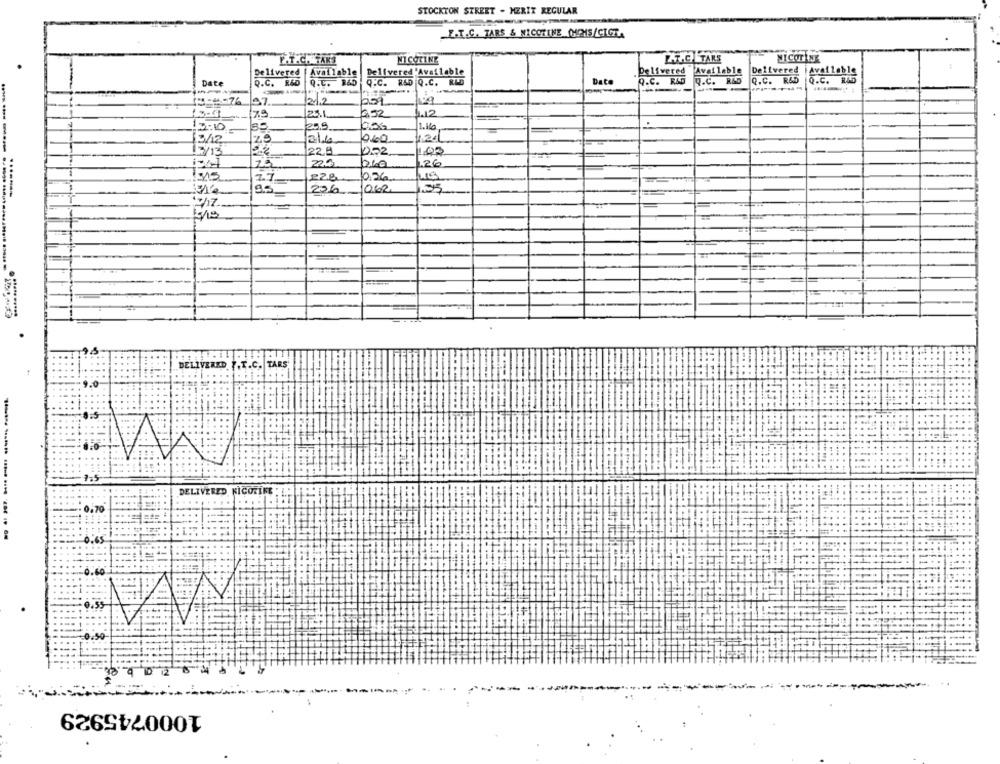
STOCKTON STREET - HERIK REGULAR
_F.T.C. TARS & NICOTINE (MOMS/CIGTA
P.T.C. TAK3
NICOTINE
ZT.O TARE
NICOTINE
Delivered |Available
Delivered
Available
Delivered'Available
.Delivered Available
Date
Q.C. R&D
Q.C. B&D
Q.C. R&D Q.C. REG
Date
Q.C. R&D Q.C. R&D
Q.C. R&D
Q.C. R&D
--
------
21.2
97
259
/X3
23.1.
652
1.12
12:10
259
1.160
0.40
13/12
29
21.6
1.24
15/13
22.ª
002
100
.26
7.7
22.8
0.26
0.62
15/19
DELIVERED f.T.C. TARS
7-5
DELIVERED KICOFIRE
0.55
-------
1000745929